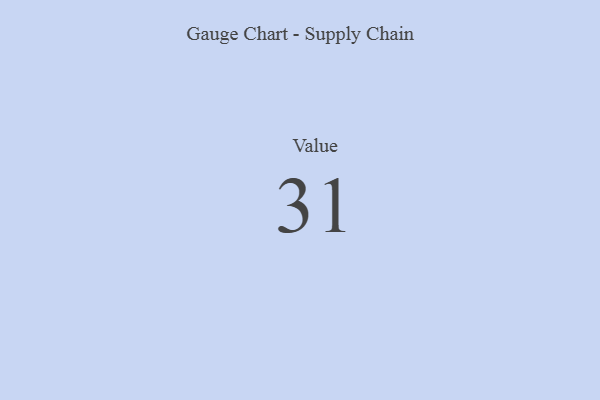
{"axis": {"x": "Metric", "y": "Value"}, "legend": [""], "data": [{"x": "Value", "y": 31, "type": ""}]}